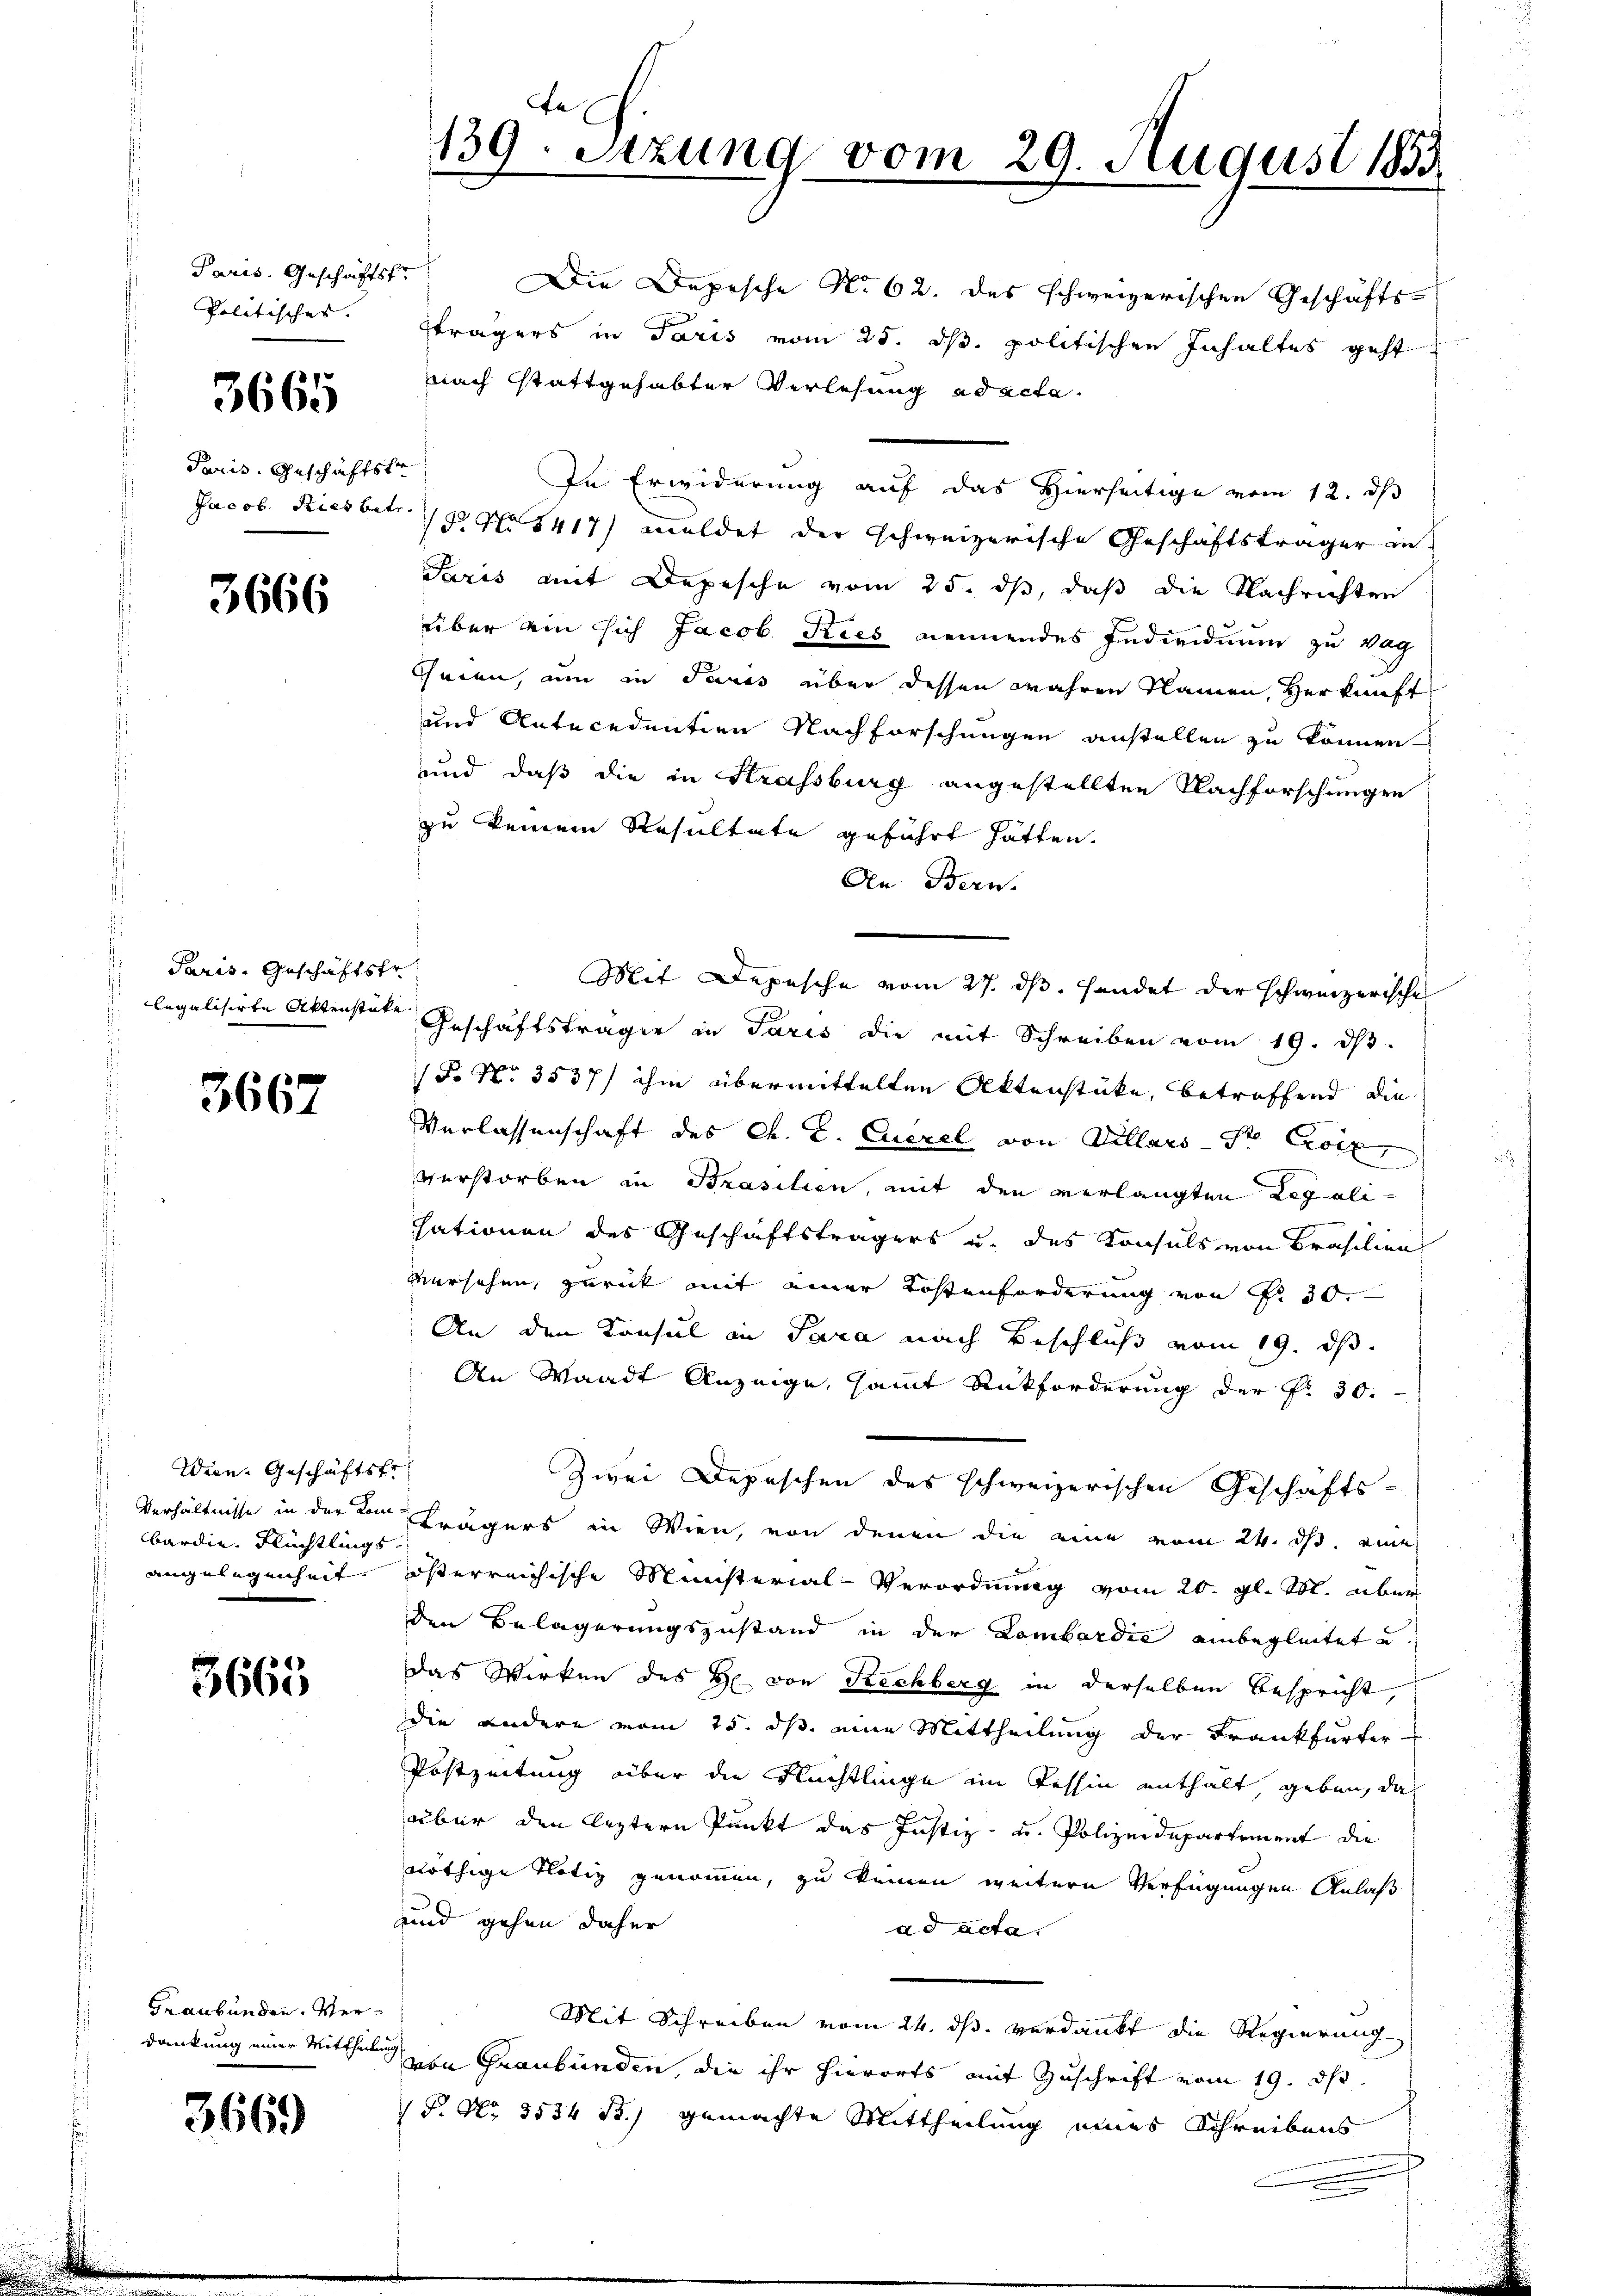
Paris. Geschäftsfr
Politisches. |

3665

Paris. Geschäftstr

3666

Paris. Geschäftsfr.

3667

Wien. Geschäftsfr.
bardie Flüchtlings
Angelegenheit.

3665

Graubünden. Verdankung einer Mittheiln

3669

139. Sitzung vom 29. August 1853

Die Depesche No 62. des schweizerischen Geschäftsträgers in Paris vom 25. ds. politischen Inhaltes geht
nach stattgehabter Verlesung ad acta.
In Erwiderung auf das Hierseitige vom 12. ds
Jacob. Riesbetr. 19 No 1417) meldet der schweizerische Geschäftsträger in
Paris mit Depesche vom 25. ds, daß die Nachrichten
über ein sich Jacob Kies nennendes Individuum zu wag
Cheien, um in Juris über dessen wahren Namen, Herkunft
und Antecedentien Nachforschungen anstellen zu können
und daß die in Krassburg angestellten Nachforschungen
zu keinem Resultate geführt hätten.
An Bern.
legalisirte Aktenstatt Geschäftsträger in Paris die mit Schreiben vom 19. dβ.
P. Nr. 3537/ ihm übermittelten Aktenstücke, betroffend die
Verlassenschaft des Ch. E. Euerel von Villars Sr. Croix
d
verstorben in Brasilien, mit den verlangten Legalisationen des Geschäftsträgers u. des Konsuls von Brasilien
versehen, zurück mit einer Kostenforderung von Fr. 30.
An den Konsul in Para nach Beschluß vom 19. ds.
An Waadt Anzeige, samt Rückforderung der P. 30.
Zwei Depeschen des schweizerischen Geschäfts¬
Verhältnisse in der von Trägers in Wien, von denen die eine vom 24. d. eine
österreichische Ministerial-Verordnung vom 20. gl. M. über
den Belagerungszustand in der Lombardie einbegleitet u.
das Wirken des H. von Rechberg in derselben Bespricht,
Die andere vom 25. ds. eine Mittheilung der Frankfurter-
Postzeitung über die Flüchtlinge im Tessin enthalt geben, das
über den leztern Punkt das Justiz- u. Polizeidepartement die
nöthige Notiz genommen, zu keinen weitern Verfügungen Anlaß
und gehen daher
ad acta.
Mit Schreiben vom 24. ds. verdankt die Regierung
von Graubünden, die ihr hierorts mit Zuschrift vom 19. ds.
P. Nr. 3534 f.) gemachte Mittheilung eines Schreibens

Mit Depesche vom 27. ds. Handet der schweizerische